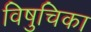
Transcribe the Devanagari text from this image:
विषुचिका